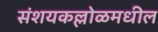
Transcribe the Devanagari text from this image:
संशयकल्लोळमधील